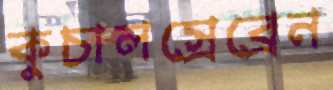
কুচালস্রেব্রেন